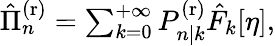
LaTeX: \begin{array}{r}{\hat{\Pi}_{n}^{\mathrm{(r)}}=\sum_{k=0}^{+\infty}P_{n|k}^{\mathrm{(r)}}\hat{F}_{k}[\eta],}\end{array}